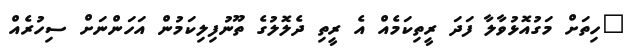
"ހިތަށް މަގުއޮޅުވާލާ ފަދަ ރީތިކަމެއް އެ ރީތި ދެލޮލުގެ ތޫނުފިލިކަމުން އަހަންނަށް ސިހުރެއް